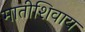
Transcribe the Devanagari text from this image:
मातीशिवाय